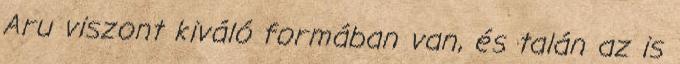
Aru viszont kiváló formában van, és talán az is